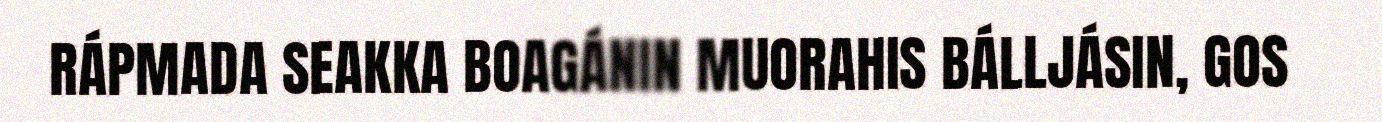
RÁPMADA SEAKKA BOAGÁNIN MUORAHIS BÁLLJÁSIN, GOS